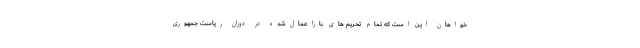
خواهان این است که تمام تحریم های بازاعمال‌شده در دوران ریاست جمهوری